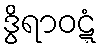
ဒွိရာဝဋ္ဋံ